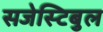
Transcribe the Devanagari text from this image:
सजेस्टिबुल